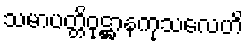
သမာပတ္တိဝုဋ္ဌာနကုသလေဟိ